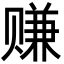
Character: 赚